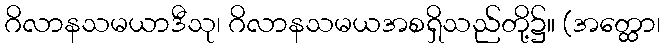
ဂိလာနသမယာဒီသု၊ ဂိလာနသမယအစရှိသည်တို့၌။ (အတ္ထော၊